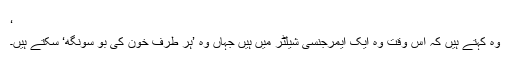
‘
وہ کہتے ہیں کہ اس وقت وہ ایک ایمرجنسی شیلٹر میں ہیں جہاں وہ ’ہر طرف خون کی بو سونگھ‘ سکتے ہیں۔